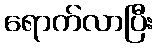
ရောက်လာပြီး